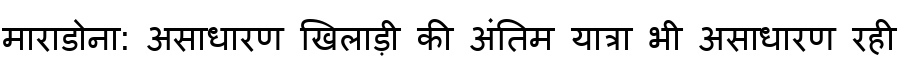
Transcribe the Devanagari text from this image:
माराडोना: असाधारण खिलाड़ी की अंतिम यात्रा भी असाधारण रही